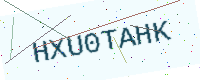
Text: HXU0TAHK